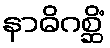
နာဓိဂစ္ဆိံ